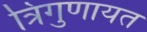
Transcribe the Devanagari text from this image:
त्रिगुणायत